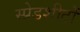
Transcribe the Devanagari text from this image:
स्प्रेडशीटों